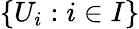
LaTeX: \{ U_{i}:i\in I\}